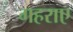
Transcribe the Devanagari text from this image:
गहराए